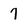
Character: 7